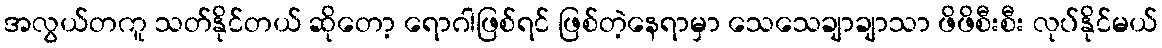
အလွယ်တကူ သတ်နိုင်တယ် ဆိုတော့ ရောဂါဖြစ်ရင် ဖြစ်တဲ့နေရာမှာ သေသေချာချာသာ ဖိဖိစီးစီး လုပ်နိုင်မယ်